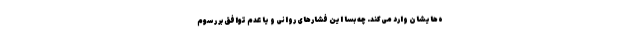
ه‌هایشان وارد می‌کند. چه بسا این فشارهای روانی و یا عدم توافق بر رسوم